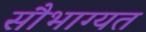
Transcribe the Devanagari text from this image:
सौभाग्यत